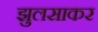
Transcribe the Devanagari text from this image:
झुलसाकर